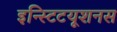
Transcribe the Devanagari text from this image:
इन्स्टिटयूशनस